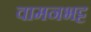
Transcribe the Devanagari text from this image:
वामनभट्ट